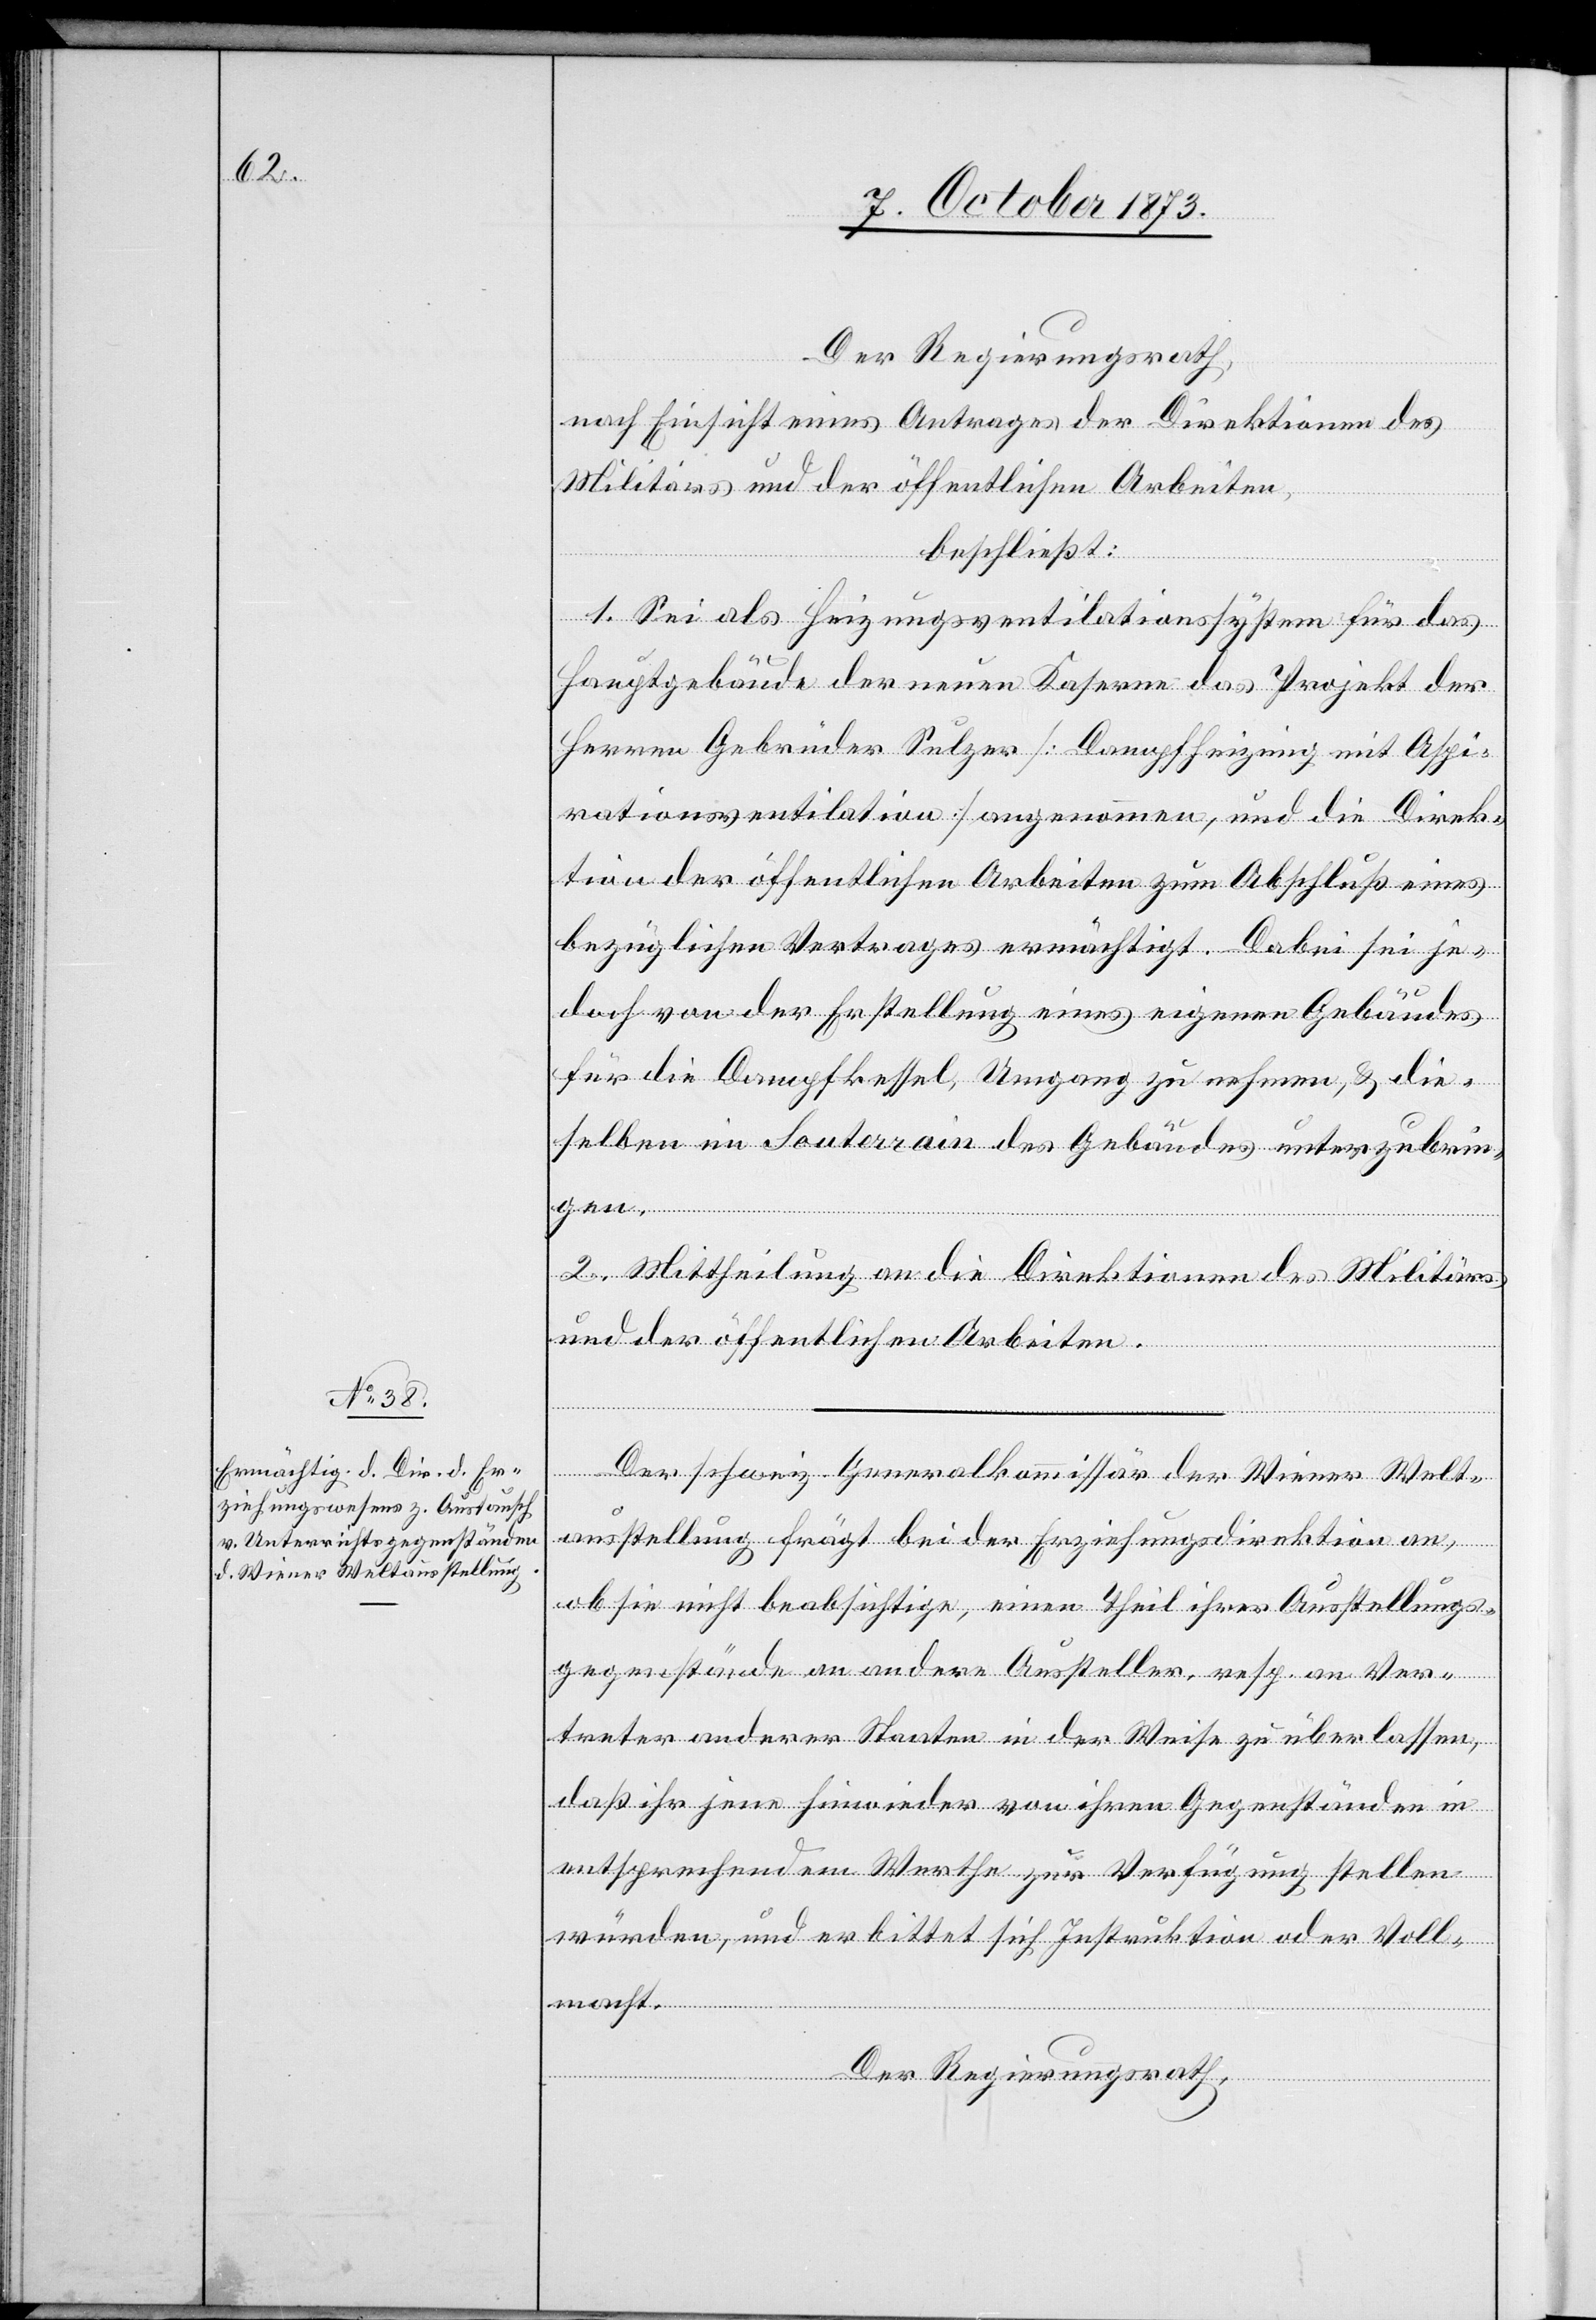
Der Regierungsrath,
nach Einsicht eines Antrages der Direktionen des
Militärs und der öffentlichen Arbeiten,
beschließt:
1. Sei als Heizungsventilationssystem für das
Hauptgebäude der neuen Kaserne das Projekt der
Herren Gebrüder Sulzer [Dampfheizung mit Aspi¬
rationsventilation] angenommen, und die Direk¬
tion der öffentlichen Arbeiten zum Abschluß eines
bezüglichen Vertrages ermächtigt. Dabei sei je¬
doch von der Erstellung eines eigenen Gebäudes
für die Dampfkessel, Umgang zu nehmen, & die¬
selben im Souterrain des Gebäudes unterzubrin¬
gen.
2. Mittheilung an die Direktionen des Militärs
und der öffentlichen Arbeiten.
Der schweiz. Generalkommissär der Wiener Welt¬
ausstellung frägt bei der Erziehungsdirektion an,
ob sie nicht beabsichtige, einen Theil ihrer Ausstellungs¬
gegenstände an andere Aussteller, resp. an Ver¬
treter anderer Staaten in der Weise zu überlassen,
daß ihr jene hinwieder von ihren Gegenständen in
entsprechendem Werthe zur Verfügung stellen
würden, und erbittet sich Instruktion oder Voll¬
macht.
Der Regierungsrath,